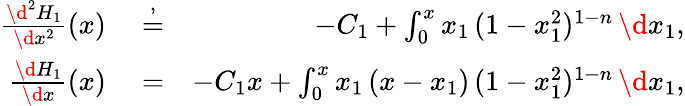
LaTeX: \begin{array}{rlr}{\frac{\d^{2}H_{1}}{\d x^{2}}(x)}&{{}\stackrel{,}{=}}&{-C_{1}+\int_{0}^{x}x_{1}\, (1-x_{1}^{2})^{1-n}\, \d x_{1},}\\ {\frac{\d H_{1}}{\d x}(x)}&{{}\stackrel{}{=}}&{-C_{1}x+\int_{0}^{x}x_{1}\, (x-x_{1})\, (1-x_{1}^{2})^{1-n}\, \d x_{1},}\end{array}